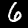
Digit: 6